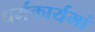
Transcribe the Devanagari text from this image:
धर्मकार्यमां